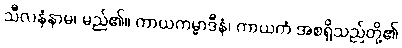
သီလနံနာမ၊ မည်၏။ ကာယကမ္မာဒီနံ၊ ကာယကံ အစရှိသည်တို့၏